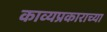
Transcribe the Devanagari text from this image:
काव्यप्रकाराच्या